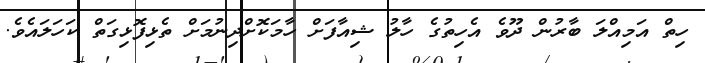
ހިތް އަމިއްލަ ބާރުން ދޫވެ އެހިތުގެ ހާލު ޝިއާފަށް ހާމަކޮށްދިނުމަށް ތެޅިފޮޅިގަތް ކަހަލައެވެ.